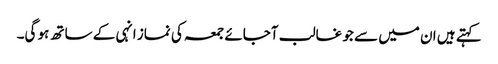
کہتے ہیں ان میں سے جو غالب آجائے جمعہ کی نماز انہی کے ساتھ ہو گی۔